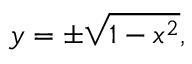
y = \pm { \sqrt { 1 - x ^ { 2 } } } ,